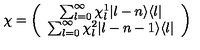
\chi = \left( \begin{array} { c } { \sum _ { l = 0 } ^ { \infty } \chi _ { l } ^ { 1 } | l - n \rangle \langle l | } \\ { \sum _ { l = 0 } ^ { \infty } \chi _ { l } ^ { 2 } | l - n - 1 \rangle \langle l | } \\ \end{array} \right)